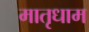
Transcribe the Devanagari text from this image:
मातृधाम